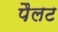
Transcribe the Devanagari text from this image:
पैलट